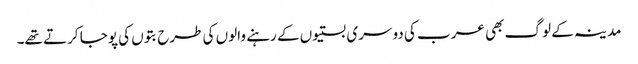
مدینہ کے لوگ بھی عرب کی دوسری بستیوں کے رہنے والوں کی طرح بتوں کی پوجا کرتے تھے۔